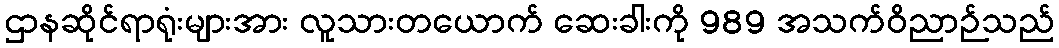
ဌာနဆိုင်ရာရုံးများအား လူသားတယောက် ဆေးခါးကို 989 အသက်ဝိညာဉ်သည်